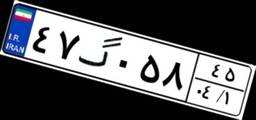
۹۸گ۸۱۶۳۵